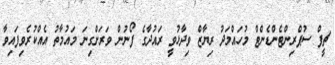
ޗީފް ސުޕްރިންޓެންޑެންޓް މުހައްމަދު ރިޔާޒް ވިދާޅުވީ ރައުދާގެ ފޯނުން ވަރަށްގިނަ މައުމާތު އެއްކުރެވިފައިވާ